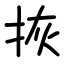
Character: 拻